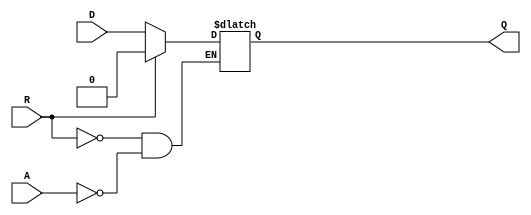
module async_register (
    input wire D,        // Data input
    input wire A,        // Asynchronous control signal
    input wire R,        // Reset signal
    output reg Q         // Data output
);

    always @(*) begin
        if (R) begin
            Q <= 1'b0;   // Reset the register to 0
        end else if (A) begin
            Q <= D;      // Capture the data input
        end
        // If neither R nor A are asserted, Q retains its last value
    end

endmodule